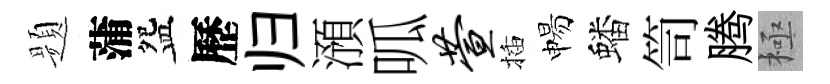
题蒲盌歷归澦呱萱插惕蟠笥腾極